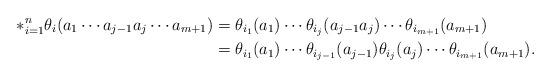
LaTeX: \begin{align*}*_{i=1}^n \theta_i(a_1\cdots a_{j-1}a_j \cdots a_{m+1}) &= \theta_{i_1}(a_1)\cdots \theta_{i_j}(a_{j-1}a_j)\cdots \theta_{i_{m+1}}(a_{m+1})\\ &= \theta_{i_1}(a_1)\cdots \theta_{i_{j-1}}(a_{j-1})\theta_{i_j}(a_j)\cdots \theta_{i_{m+1}}(a_{m+1}).\end{align*}